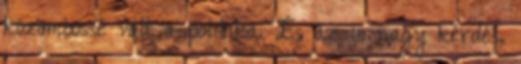
közömbössé vált a politika. És az is nagy kérdés,